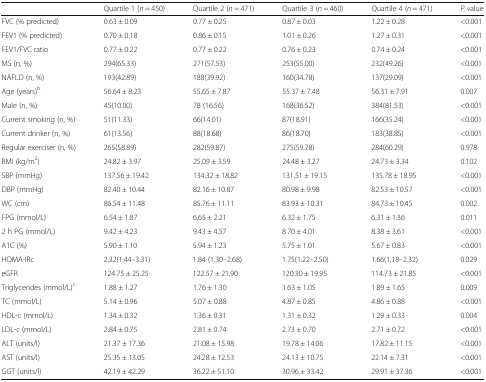
<table><thead><tr><td></td><td><b>Quartile 1 (<i>n</i> = 450)</b></td><td><b>Quartile 2 (<i>n</i> = 471)</b></td><td><b>Quartile 3 (<i>n</i> = 460)</b></td><td><b>Quartile 4 (<i>n</i> = 471)</b></td><td><b><i>P</i> value</b></td></tr></thead><tbody><tr><td>FVC (% predicted)</td><td>0.63 ± 0.09</td><td>0.77 ± 0.25</td><td>0.87 ± 0.03</td><td>1.22 ± 0.28</td><td>&lt;0.001</td></tr><tr><td>FEV1 (% predicted)</td><td>0.70 ± 0.18</td><td>0.86 ± 0.15</td><td>1.01 ± 0.26</td><td>1.27 ± 0.31</td><td>&lt;0.001</td></tr><tr><td>FEV1/FVC ratio</td><td>0.77 ± 0.22</td><td>0.77 ± 0.22</td><td>0.76 ± 0.23</td><td>0.74 ± 0.24</td><td>&lt;0.001</td></tr><tr><td>MS (n, %)</td><td>294(65.33)</td><td>271(57.53)</td><td>253(55.00)</td><td>232(49.26)</td><td>&lt;0.001</td></tr><tr><td>NAFLD (n, %)</td><td>193(42.89)</td><td>188(39.92)</td><td>160(34.78)</td><td>137(29.09)</td><td>&lt;0.001</td></tr><tr><td>Age (years)<sup>b</sup></td><td>56.64 ± 8.23</td><td>55.65 ± 7.87</td><td>55.37 ± 7.48</td><td>56.31 ± 7.91</td><td>0.007</td></tr><tr><td>Male (n, %)</td><td>45(10.00)</td><td>78 (16.56)</td><td>168(36.52)</td><td>384(81.53)</td><td>&lt;0.001</td></tr><tr><td>Current smoking (n, %)</td><td>51(11.33)</td><td>66(14.01)</td><td>87(18.91)</td><td>166(35.24)</td><td>&lt;0.001</td></tr><tr><td>Current drinker (n, %)</td><td>61(13.56)</td><td>88(18.68)</td><td>86(18.70)</td><td>183(38.85)</td><td>&lt;0.001</td></tr><tr><td>Regular exerciser (n, %)</td><td>265(58.89)</td><td>282(59.87)</td><td>275(59.78)</td><td>284(60.29)</td><td>0.978</td></tr><tr><td>BMI (kg/m<sup>2</sup>)</td><td>24.82 ± 3.97</td><td>25.09 ± 3.59</td><td>24.48 ± 3.27</td><td>24.73 ± 3.34</td><td>0.102</td></tr><tr><td>SBP (mmHg)</td><td>137.56 ± 19.42</td><td>134.32 ± 18.82</td><td>131.51 ± 19.15</td><td>135.78 ± 18.95</td><td>&lt;0.001</td></tr><tr><td>DBP (mmHg)</td><td>82.40 ± 10.44</td><td>82.16 ± 10.87</td><td>80.98 ± 9.98</td><td>82.53 ± 10.57</td><td>&lt;0.001</td></tr><tr><td>WC (cm)</td><td>86.54 ± 11.48</td><td>85.76 ± 11.11</td><td>83.93 ± 10.31</td><td>84.73 ± 10.45</td><td>0.002</td></tr><tr><td>FPG (mmol/L)</td><td>6.54 ± 1.87</td><td>6.65 ± 2.21</td><td>6.32 ± 1.75</td><td>6.31 ± 1.36</td><td>0.011</td></tr><tr><td>2 h PG (mmol/L)</td><td>9.42 ± 4.23</td><td>9.43 ± 4.57</td><td>8.70 ± 4.01</td><td>8.38 ± 3.61</td><td>&lt;0.001</td></tr><tr><td>A1C (%)</td><td>5.90 ± 1.10</td><td>5.94 ± 1.23</td><td>5.75 ± 1.01</td><td>5.67 ± 0.83</td><td>&lt;0.001</td></tr><tr><td>HOMA-IRc</td><td>2.32(1.44–3.31)</td><td>1.84 (1.30–2.68)</td><td>1.75(1.22–2.50)</td><td>1.66(1.18–2.32)</td><td>0.029</td></tr><tr><td>eGFR</td><td>124.75 ± 25.25</td><td>122.57 ± 21.90</td><td>120.30 ± 19.95</td><td>114.73 ± 21.85</td><td>&lt;0.001</td></tr><tr><td>Triglycerides (mmol/L)<sup>c</sup></td><td>1.88 ± 1.27</td><td>1.76 ± 1.30</td><td>1.63 ± 1.05</td><td>1.89 ± 1.65</td><td>0.009</td></tr><tr><td>TC (mmol/L)</td><td>5.14 ± 0.96</td><td>5.07 ± 0.88</td><td>4.87 ± 0.85</td><td>4.86 ± 0.88</td><td>&lt;0.001</td></tr><tr><td>HDL-c (mmol/L)</td><td>1.34 ± 0.32</td><td>1.36 ± 0.31</td><td>1.31 ± 0.32</td><td>1.29 ± 0.33</td><td>0.004</td></tr><tr><td>LDL-c (mmol/L)</td><td>2.84 ± 0.75</td><td>2.81 ± 0.74</td><td>2.73 ± 0.70</td><td>2.71 ± 0.72</td><td>&lt;0.001</td></tr><tr><td>ALT (units/l)</td><td>21.37 ± 17.36</td><td>21.08 ± 15.98</td><td>19.78 ± 14.06</td><td>17.82 ± 11.15</td><td>&lt;0.001</td></tr><tr><td>AST (units/l)</td><td>25.35 ± 13.05</td><td>24.28 ± 12.53</td><td>24.13 ± 10.75</td><td>22.14 ± 7.31</td><td>&lt;0.001</td></tr><tr><td>GGT (units/l)</td><td>42.19 ± 42.29</td><td>36.22 ± 51.10</td><td>30.96 ± 33.42</td><td>29.91 ± 37.36</td><td>&lt;0.001</td></tr></tbody></table>